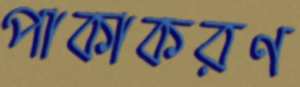
পাকাকরণ